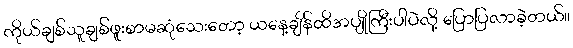
ကိုယ်ချစ်သူချစ်ဖူးစာမဆုံသေးတော့ ယနေ့ချိန်ထိအပျိုကြီးပါပဲလို့ ပြောပြလာခဲ့တယ်။